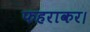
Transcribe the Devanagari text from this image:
फहराकर।